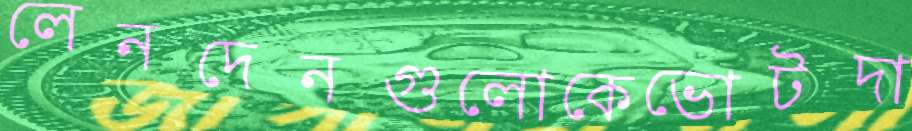
লেনদেনগুলোকেভোটদা